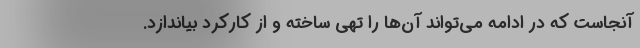
آنجاست که در ادامه می‌تواند آن‌ها را تهی ساخته‌ و از کارکرد بیاندازد.